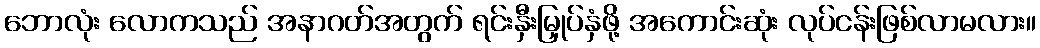
ဘောလုံး လောကသည် အနာဂတ်အတွက် ရင်းနှီးမြှုပ်နှံဖို့ အကောင်းဆုံး လုပ်ငန်းဖြစ်လာမလား။